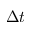
\Delta t